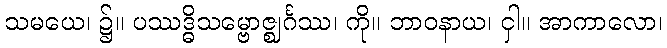
သမယေ၊ ၌။ ပဿဒ္ဓိသမ္ဗောဇ္ဈင်္ဂဿ၊ ကို။ ဘာဝနာယ၊ ငှါ။ အာကာလော၊